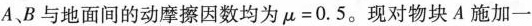
A、B与地面间的动摩擦因数均为$$\mu =0.5$$。现对物块A施加一